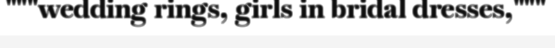
"""wedding rings, girls in bridal dresses,"""